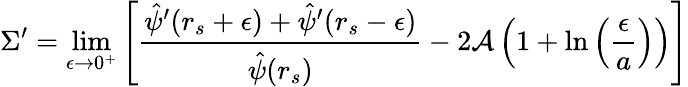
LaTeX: \Sigma^{\prime}=\operatorname*{lim}_{\epsilon\rightarrow 0^{+}}\left[\frac{\hat{\psi}^{\prime}(r_{s}+\epsilon)+\hat{\psi}^{\prime}(r_{s}-\epsilon)}{\hat{\psi}(r_{s})}-2\mathcal{A}\left(1+\ln{\left(\frac{\epsilon}{a}\right)}\right)\right]